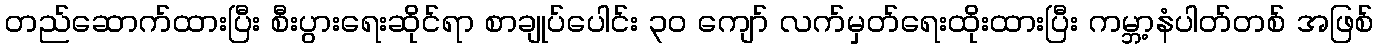
တည်ဆောက်ထားပြီး စီးပွားရေးဆိုင်ရာ စာချုပ်ပေါင်း ၃၀ ကျော် လက်မှတ်ရေးထိုးထားပြီး ကမ္ဘာ့နံပါတ်တစ် အဖြစ်